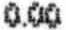
0.00